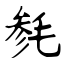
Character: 毵